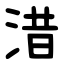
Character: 㳻